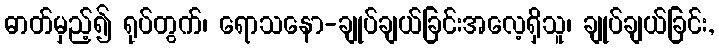
ဓာတ်မှည့်၍ ရုပ်တွက်၊ ရောသနော-ချုပ်ချယ်ခြင်းအလေ့ရှိသူ၊ ချုပ်ချယ်ခြင်း,